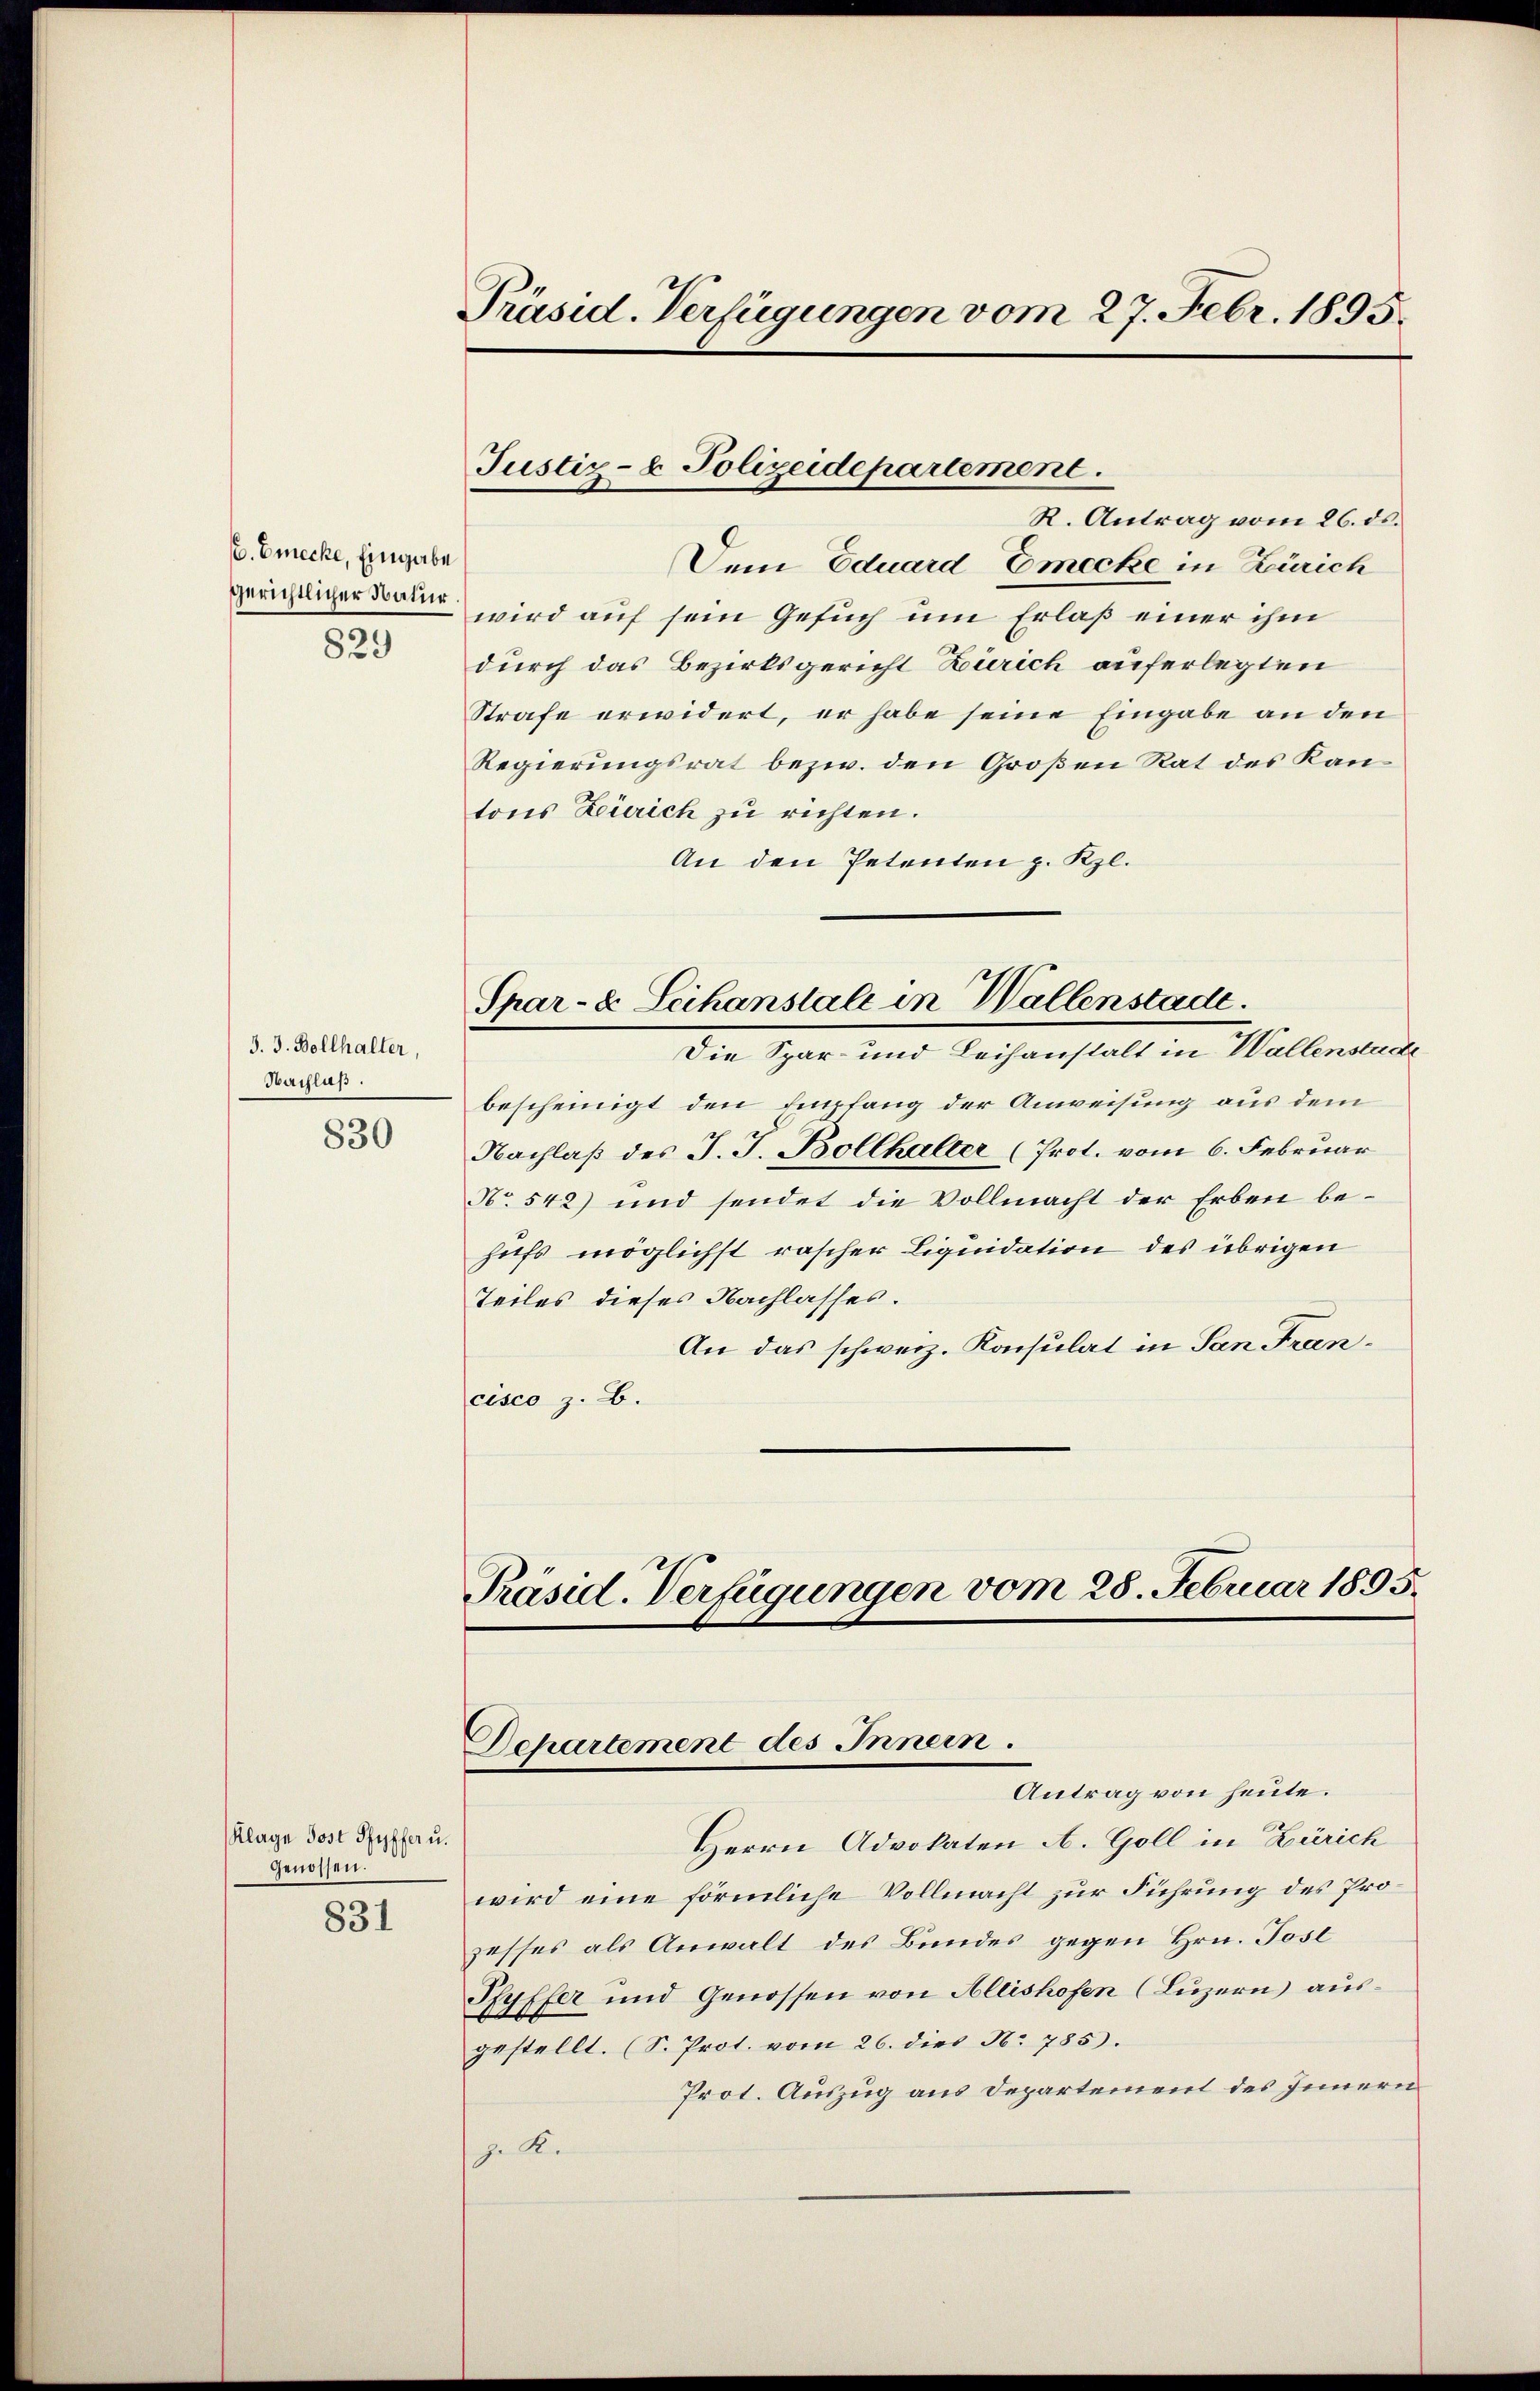
C. Emecke, Eingabe
gerichtlicher Natur.
829

J. J. Bollhaller,
Nachlaß.

830

(Klage Post Pfyffer u.
genossen.

831

Präsid. Verfügungen vom 27. Febr. 1895.

Justiz- & Polizeidepartement

R. Antrag vom 26. ds.
Dem Eduard Emecke in Zürich
wird auf sein Gesuch um Erlaß einer ihm
durch das Bezirksgericht Zürich auferlegten
Strafe erwidert, er habe seine Eingabe an den
Regierungsrat bezw. den Großen Rat des Kantons Zürich zu richten.
An den Petenten z. Kzl.
Spar- & Leihanstale in Wallenstadt.
Die Spar- und Leihanstalt in Wallenstade
bescheinigt den Empfang der Anweisung aus dem
Nachlaß des J. J. Bollhalter (Prot. vom 6. Februar
No. 542) und sendet die Vollmacht der Erben behufs möglichst rascher Liquidation des übrigen
Teiles dieses Nachlasses.
An das schweiz. Konsulat in San Francisco z. B.

Präsid. Verfügungen vom 28. Februar 1895.
Departement des Innern.
Antrag von heute.

Herrn Advokaten A. Goll in Zürich
wird eine förmliche Vollmacht zur Führung des Prozesses als Anwalt des Bundes gegen Hrn. Jose
Pfyffer und Genossen von Allishofen (Luzern) ausgestellt. (S. Prot. vom 26. dies N. 785).
Prot. Auszug aus Departement des Innern
z. Kr